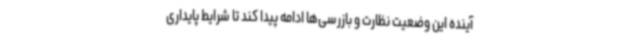
آینده این وضعیت نظارت و بازرسی‌ها ادامه پیدا کند تا شرایط پایداری